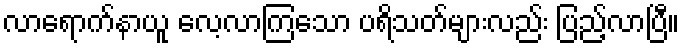
လာရောက်နာယူ လေ့လာကြသော ပရိသတ်များလည်း ပြည့်လာပြီ။